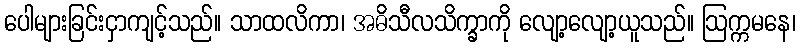
ပေါများခြင်းငှာကျင့်သည်။ သာထလိကာ၊ အဓိသီလသိက္ခာကို လျော့လျော့ယူသည်။ ဩက္ကမနေ၊